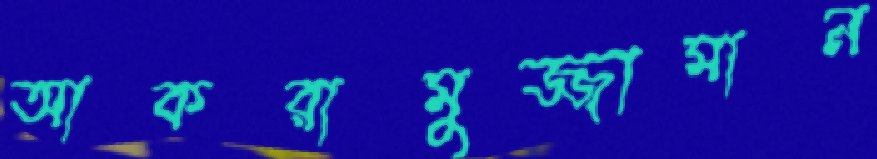
আকরামুজ্জামান